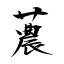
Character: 蕽